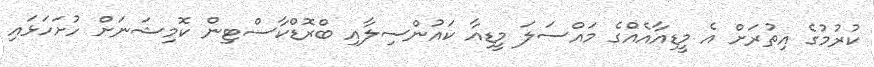
ކުރުމުގެ އިތުރަށް އެ މީޑިއާއެއްގެ މައްސަލަ މީޑިއާ ކައުންސިލާއި ބްރޮޑްކާސްޓިން ކޮމިޝަނަށް ހުށަހަޅައި